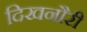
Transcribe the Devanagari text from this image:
दिखनौरी